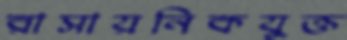
রাসায়নিকযুক্ত